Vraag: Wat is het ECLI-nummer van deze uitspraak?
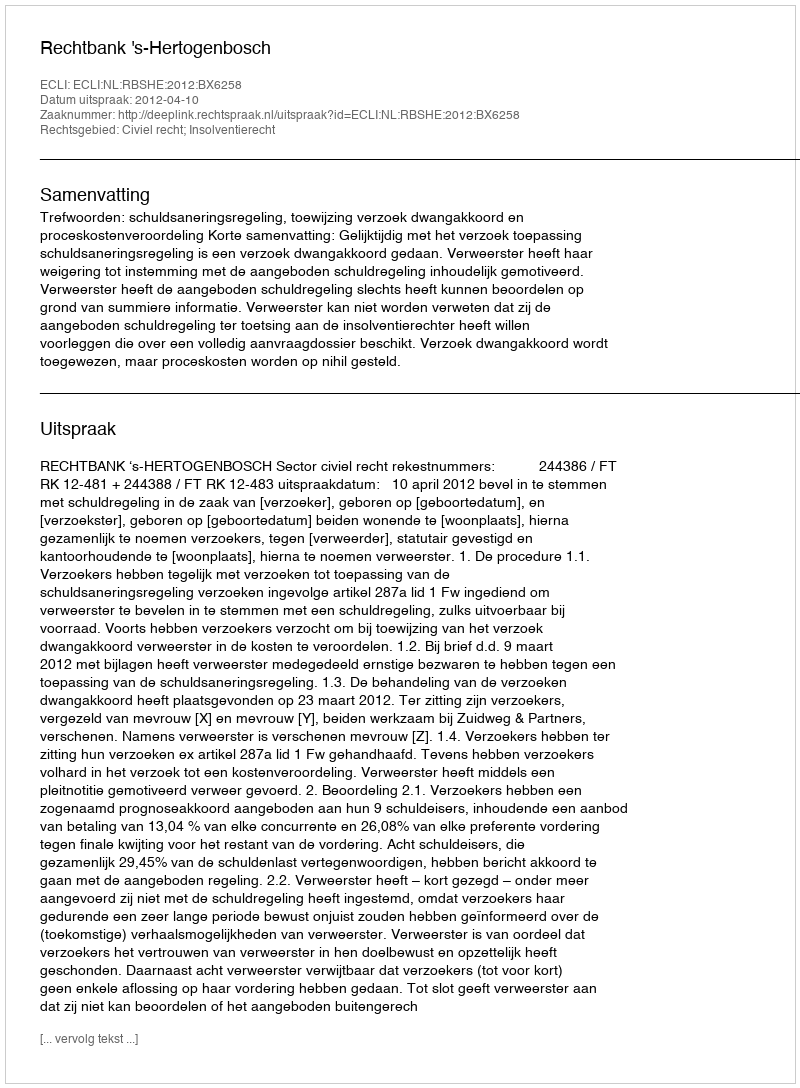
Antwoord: ECLI:NL:RBSHE:2012:BX6258